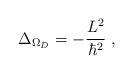
LaTeX: \begin{align*}\Delta_{\Omega_{{D}}} = -\frac{L^{2}}{\hbar^{2}}\; ,\end{align*}